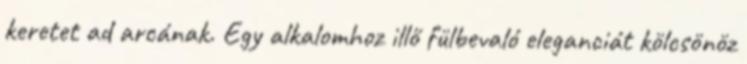
keretet ad arcának. Egy alkalomhoz illő fülbevaló eleganciát kölcsönöz